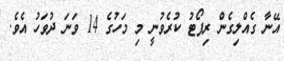
އޭނާ ގެއްލިގެން ރިޕޯޓު ކުރެވުނީ މި މަހުގެ 14 ވަނަ ދުވަހު އެވެ.